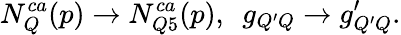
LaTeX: N_{Q}^{ca}(p)\rightarrow N_{Q5}^{ca}(p),\ \ g_{Q^{\prime}Q}\rightarrow g_{Q^{\prime}Q}^{\prime}.